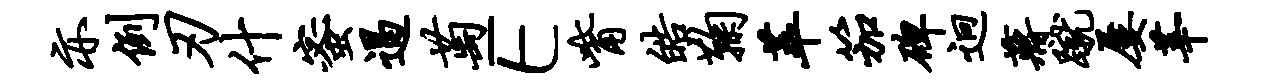
亦例刃什蜜遏萄E觜皓鞠萃笳碑迥蒋蹴屡莘